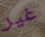
غير